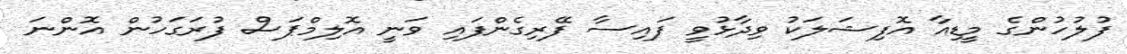
ފުލުހުންގެ މީޑިއާ އޮފިޝަލަކު ވިދާޅުވީ ފައިސާ ފޭރިގެންފައި ވަނީ އޮލިމްޕަސް ފުރަގަހުން އޮންނަ